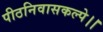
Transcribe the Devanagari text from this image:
पीठनिवासकल्पे।।